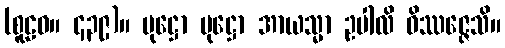
(စူဠဝ။ ၄၃၉)။ ပုဋ္ဌော ပုဋ္ဌော အာယသ္မာ ဥပါလိ ဝိဿဇ္ဇေသိ။